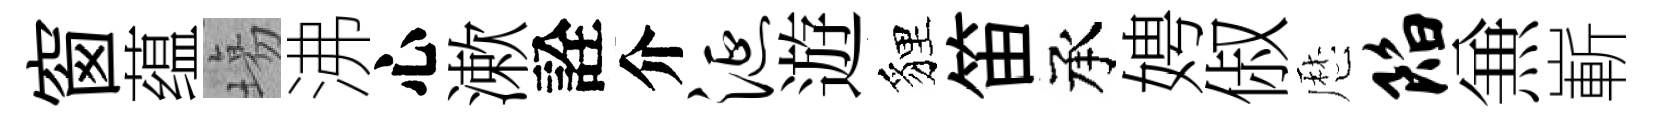
窗蕴塲沸心漱詮介涎遊貍笛承娉俶厯陷𠔥嶄